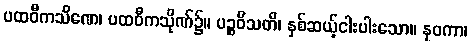
ပထဝီကသိဏေ၊ ပထဝီကသိုဏ်၌။ ပဉ္စဝီသတိ၊ နှစ်ဆယ့်ငါးပါးသော။ နဝကာ၊